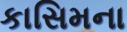
કાસિમના